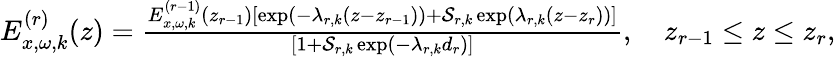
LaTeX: \begin{array}{r}{E_{x,\omega,k}^{(r)}(z)=\frac{E_{x,\omega,k}^{(r-1)}(z_{r-1})[\exp(-\lambda_{r,k}(z-z_{r-1}))+{\cal S}_{r,k}\exp(\lambda_{r,k}(z-z_{r}))]}{[1+{\cal S}_{r,k}\exp(-\lambda_{r,k}d_{r})]},\quad z_{r-1}\leq z\leq z_{r},}\end{array}